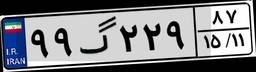
۹۹گ۲۲۹۸۷